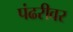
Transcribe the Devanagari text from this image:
पंढरीवर